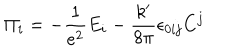
LaTeX: \Pi _ { i } = - \frac 1 { e ^ { 2 } } E _ { i } - \frac { k ^ { \prime } } { 8 \pi } \epsilon _ { 0 i j } C ^ { j }